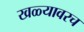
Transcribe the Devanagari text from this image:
खळ्यावरच